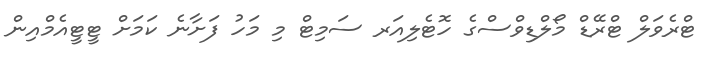
ޓްރެވަލް ޓްރޭޑް މޯލްޑިވްސްގެ ހޮޓެލިއަރ ސަމިޓް މި މަހު ފަށާނެ ކަމަށް ޓީޓީއެމްއިން